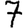
Digit: 7